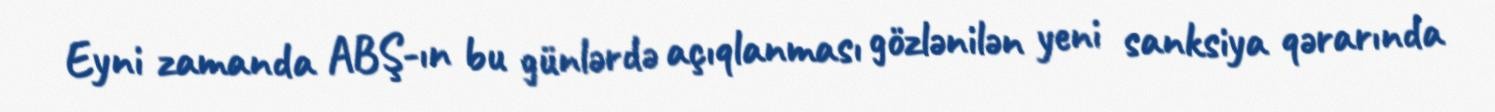
Eyni zamanda ABŞ-ın bu günlərdə açıqlanması gözlənilən yeni sanksiya qərarında